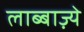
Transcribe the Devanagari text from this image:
लाब्बाज़्ये